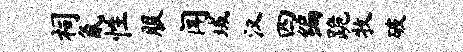
祠氤性服闻域汉四编跪牧破